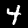
Label: 4